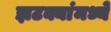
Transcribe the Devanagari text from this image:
झटक्यांमध्ये